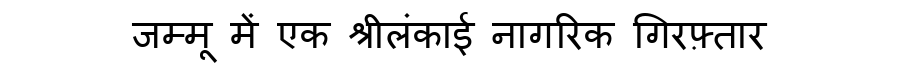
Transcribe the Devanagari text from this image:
जम्मू में एक श्रीलंकाई नागरिक गिरफ़्तार